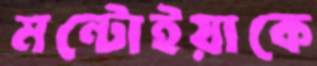
মন্টোইয়াকে